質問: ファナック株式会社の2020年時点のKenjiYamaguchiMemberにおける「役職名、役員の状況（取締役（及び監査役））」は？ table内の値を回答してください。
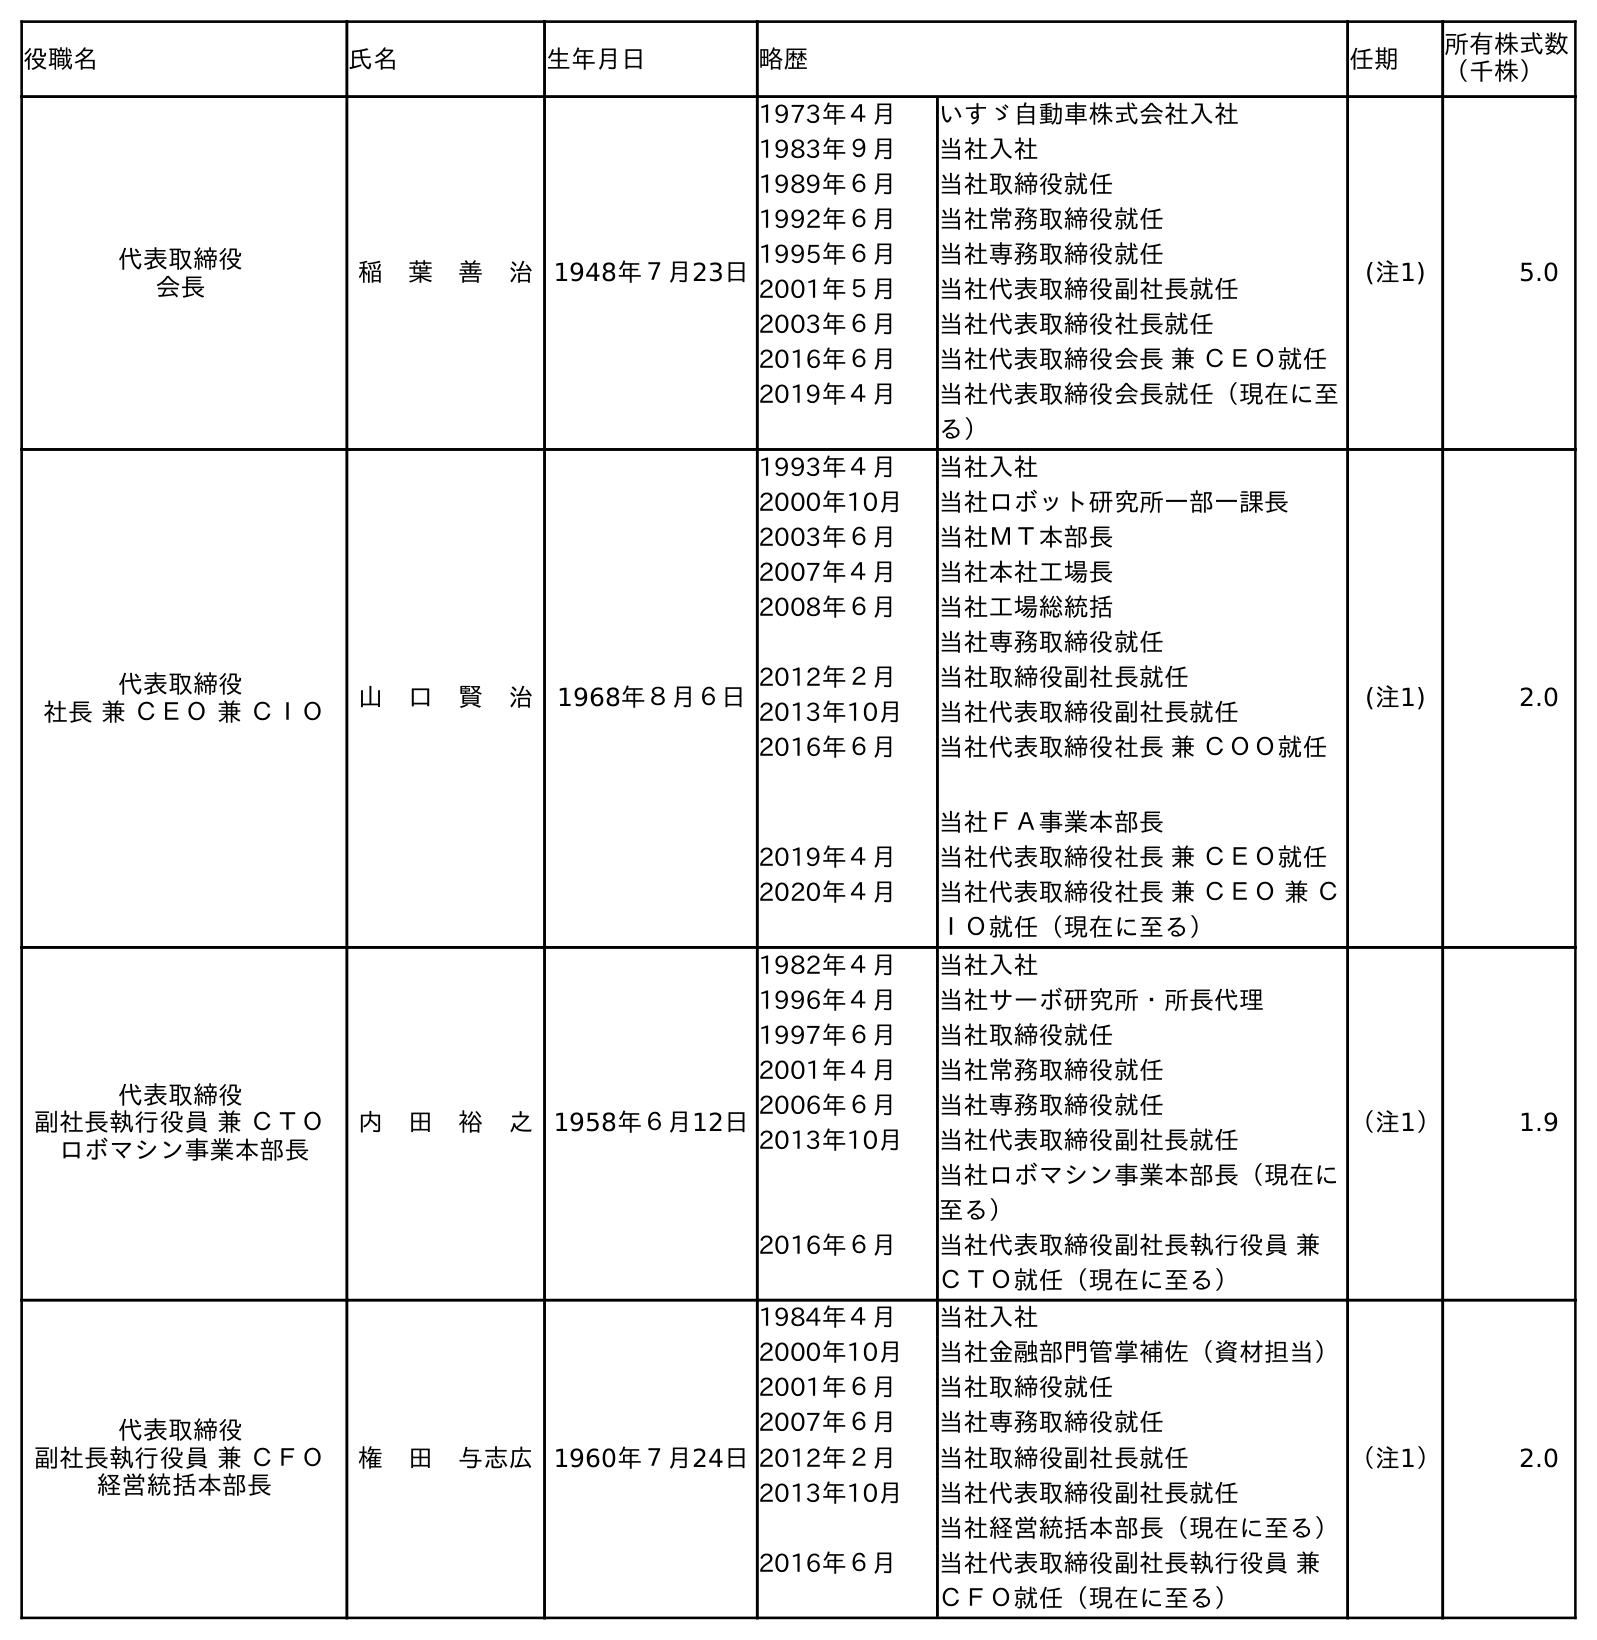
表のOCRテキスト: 役職名 氏名 生年月日 略歴 任期 所有株式数 （千株） 代表取締役 会長 稲 葉 善 治 1948年７月23日 1973年４月 いすゞ自動車株式会社入社 1983年９月 当社入社 1989年６月 当社取締役就任 1992年６月 当社常務取締役就任 1995年６月 当社専務取締役就任 2001年５月 当社代表取締役副社長就任 2003年６月 当社代表取締役社長就任 2016年６月 当社代表取締役会長 兼 ＣＥＯ就任 2019年４月 当社代表取締役会長就任（現在に至 る） (注1) 5.0 代表取締役 社長 兼 ＣＥＯ 兼 ＣＩＯ 山 口 賢 治 1968年８月６日 1993年４月 当社入社 2000年10月 当社ロボット研究所一部一課長 2003年６月 当社ＭＴ本部長 2007年４月 当社本社工場長 2008年６月 当社工場総統括 当社専務取締役就任 2012年２月 当社取締役副社長就任 2013年10月 当社代表取締役副社長就任 2016年６月 当社代表取締役社長 兼 ＣＯＯ就任 当社ＦＡ事業本部長 2019年４月 当社代表取締役社長 兼 ＣＥＯ就任 2020年４月 当社代表取締役社長 兼 ＣＥＯ 兼 Ｃ ＩＯ就任（現在に至る） (注1) 2.0 代表取締役 副社長執行役員 兼 ＣＴＯ ロボマシン事業本部長 内 田 裕 之 1958年６月12日 1982年４月 当社入社 1996年４月 当社サーボ研究所・所長代理 1997年６月 当社取締役就任 2001年４月 当社常務取締役就任 2006年６月 当社専務取締役就任 2013年10月 当社代表取締役副社長就任 当社ロボマシン事業本部長（現在に 至る） 2016年６月 当社代表取締役副社長執行役員 兼 ＣＴＯ就任（現在に至る） （注1） 1.9 代表取締役 副社長執行役員 兼 ＣＦＯ 経営統括本部長 権 田 与志広 1960年７月24日 1984年４月 当社入社 2000年10月 当社金融部門管掌補佐（資材担当） 2001年６月 当社取締役就任 2007年６月 当社専務取締役就任 2012年２月 当社取締役副社長就任 2013年10月 当社代表取締役副社長就任 当社経営統括本部長（現在に至る） 2016年６月 当社代表取締役副社長執行役員 兼 ＣＦＯ就任（現在に至る） （注1） 2.0
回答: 代表取締役社長 兼 ＣＥＯ 兼 ＣＩＯ